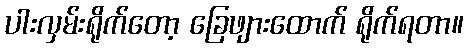
ပါးလှမ်းရိုက်တော့ ခြေဖျားထောက် ရိုက်ရတာ။